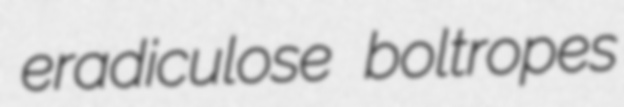
eradiculose boltropes